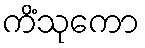
ကိံသုကော